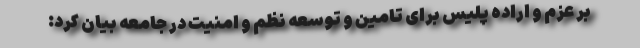
بر عزم و اراده پلیس برای تامین و توسعه نظم و امنیت در جامعه بیان کرد: